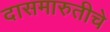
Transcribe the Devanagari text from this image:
दासमारुतीचे